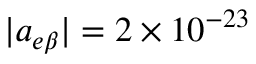
| a _ { e \beta } | = 2 \times 1 0 ^ { - 2 3 }